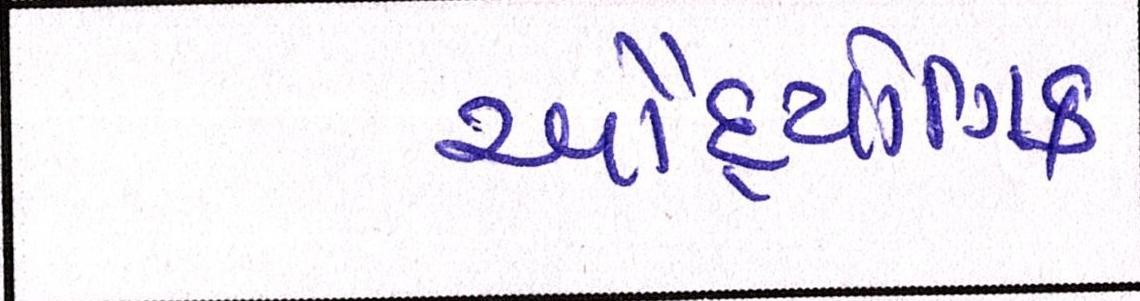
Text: ઔદ્યોગિક